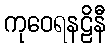
ကုဝေရနဠိနီ